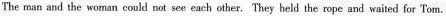
The man and the woman could not see each other.'They held the rope and waited for Tom.